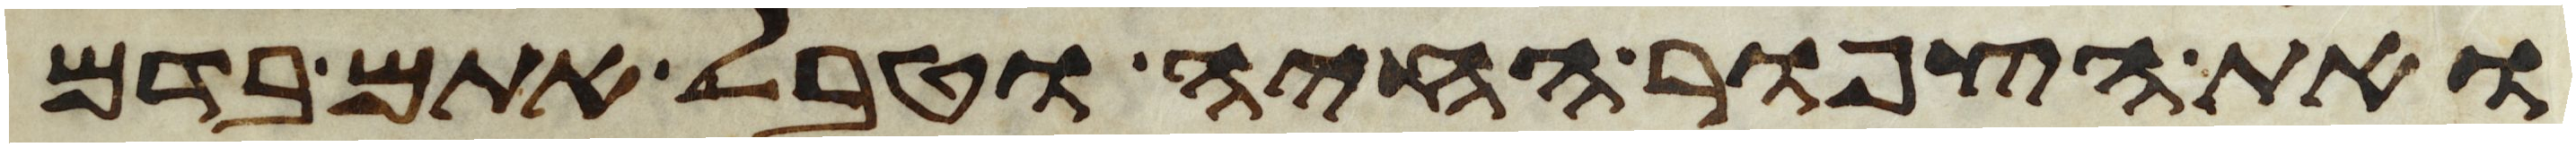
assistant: ואת הצפור החיה וטבל אתם בדם